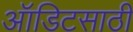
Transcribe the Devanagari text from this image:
ऑडिटसाठी